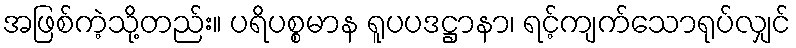
အဖြစ်ကဲ့သို့တည်း။ ပရိပစ္စမာန ရူပပဒဋ္ဌာနာ၊ ရင့်ကျက်သောရုပ်လျှင်